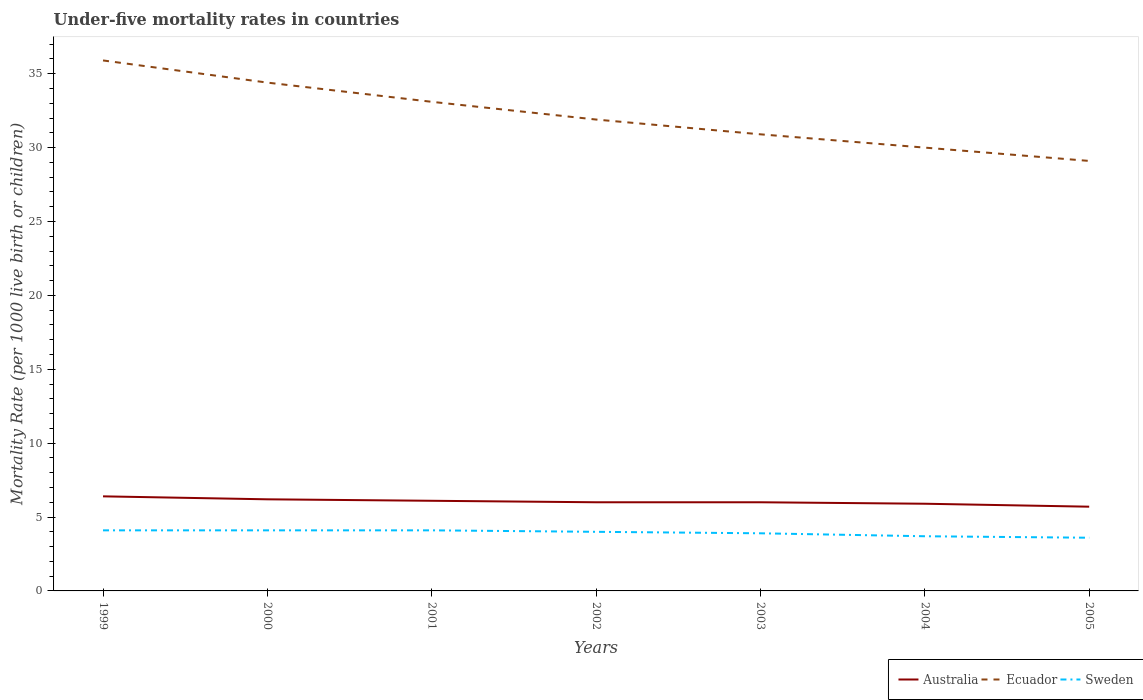
| Years | Australia | Ecuador | Sweden |
 | --- | --- | --- | --- |
 | 1999 | 6.4 | 35.9 | 4.1 |
 | 2000 | 6.2 | 34.4 | 4.1 |
 | 2001 | 6.1 | 33.1 | 4.1 |
 | 2002 | 6 | 31.9 | 4 |
 | 2003 | 6 | 30.9 | 3.9 |
 | 2004 | 5.9 | 30 | 3.7 |
 | 2005 | 5.7 | 29.1 | 3.6 |